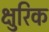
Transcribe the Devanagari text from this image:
क्षुरिक